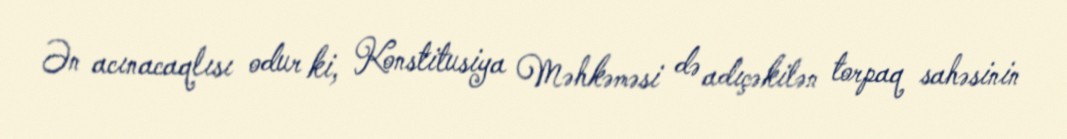
Ən acınacaqlısı odur ki, Konstitusiya Məhkəməsi də adıçəkilən torpaq sahəsinin